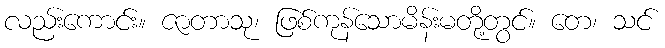
လည်းကောင်း။ ဇာတာသု၊ ဖြစ်ကုန်သောမိန်းမတို့တွင်။ တေ၊ သင်